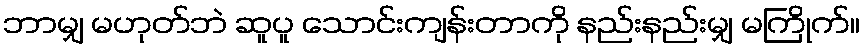
ဘာမျှ မဟုတ်ဘဲ ဆူပူ သောင်းကျန်းတာကို နည်းနည်းမျှ မကြိုက်။